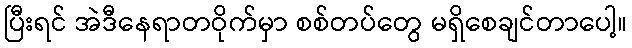
ပြီးရင် အဲဒီနေရာတဝိုက်မှာ စစ်တပ်တွေ မရှိစေချင်တာပေါ့။